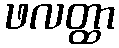
ဖလတ္ထာ